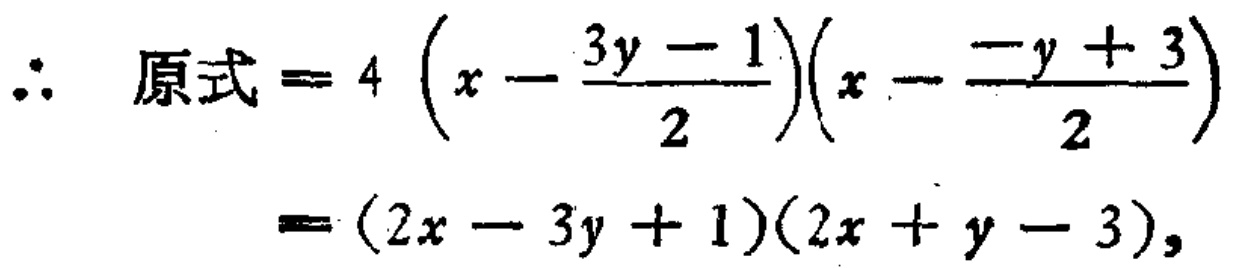
\[\begin{align*}
\therefore \text{原式}&=4\left(x - \frac{3y - 1}{2}\right)\left(x - \frac{-y + 3}{2}\right)\\
&=(2x - 3y + 1)(2x + y - 3),
\end{align*}\]